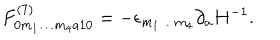
F _ { 0 m _ { 1 } \ldots m _ { 4 } a 1 0 } ^ { ( 7 ) } = - \epsilon _ { m _ { 1 } \ldots m _ { 4 } } \partial _ { a } H ^ { - 1 } .